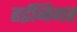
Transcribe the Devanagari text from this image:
हईनिगर